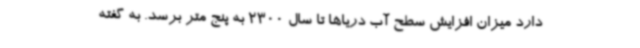
دارد میزان افزایش سطح آب دریاها تا سال 2300 به پنج متر برسد. به گفته